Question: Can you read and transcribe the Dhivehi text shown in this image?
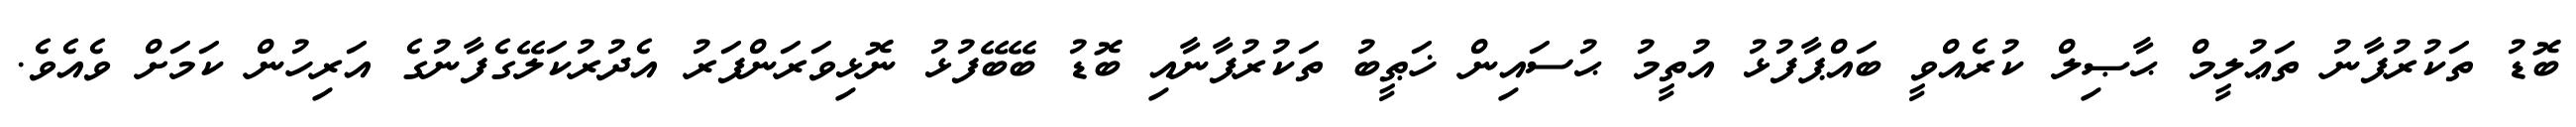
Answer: ބޮޑު ތަކުރުފާނު ތަޢުލީމް ޙާޞިލް ކުރެއްވީ ބައްޕާފުޅު އުތީމު ޙުސައިން ޚަޠީބު ތަކުރުފާނާއި ބޮޑު ބޭބޭފުޅު ނޮޅިވަރަންފަރު އެދުރުކަލޭގެފާނުގެ އަރިހުން ކަމަށް ވެއެވެ.